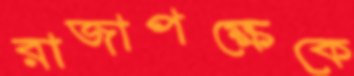
রাজাপক্ষেকে